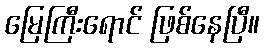
မြေကြီးရောင် ဖြစ်နေပြီ။